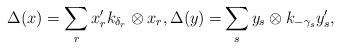
\begin{align*}\Delta(x)=\sum_r x'_rk_{\delta_r}\otimes x_r,\Delta(y)=&\sum_s y_s\otimes k_{-\gamma_s}y'_s,\end{align*}